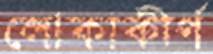
লোকাকীর্ণ